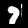
Digit: 7